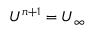
\boldsymbol { U } ^ { n + 1 } = \boldsymbol { U } _ { \infty }